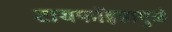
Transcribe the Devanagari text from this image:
टायफॉइडामुळे